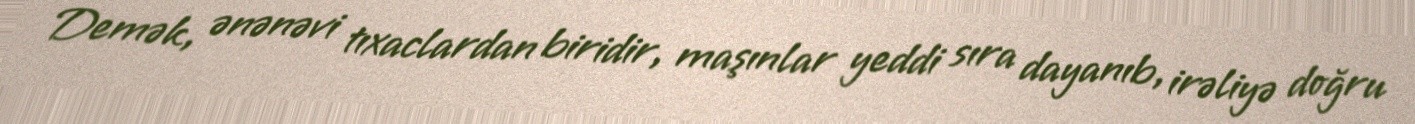
Demək, ənənəvi tıxaclardan biridir, maşınlar yeddi sıra dayanıb, irəliyə doğru